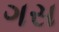
ગસ